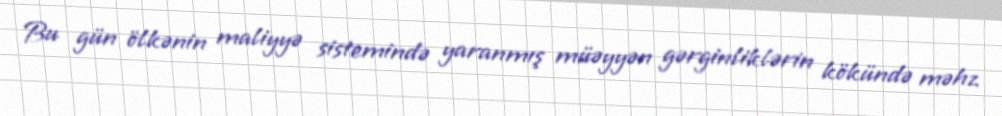
Bu gün ölkənin maliyyə sistemində yaranmış müəyyən gərginliklərin kökündə məhz